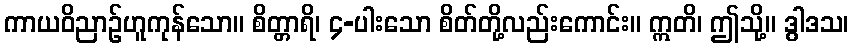
ကာယဝိညာဉ်ဟူကုန်သော။ စိတ္တာရိ၊ ၄-ပါးသော စိတ်တို့လည်းကောင်း။ ဣတိ၊ ဤသို့။ ဒွါဒသ၊